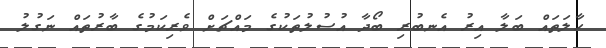
ހާލަތައް ބަލާ އިރު އެނބުރި ބޯދާ އުސުލުތަކުގެ މައްޗަށް ވެރިކަމުގެ ބާރުތައް ނަގުލު